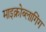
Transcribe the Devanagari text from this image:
माइक्रोब्लागिंग